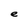
Character: e